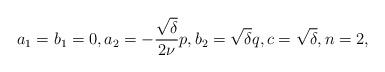
LaTeX: \begin{align*} a_1=b_1=0,a_2=-\frac{\sqrt{\delta}}{2\nu} p, b_2=\sqrt{\delta}q ,c=\sqrt{\delta}, n=2, \end{align*}